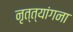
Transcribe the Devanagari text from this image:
नृत्त्यांगना